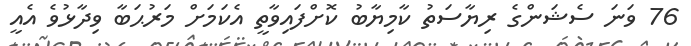
76 ވަނަ ސެޝަންގެ ރިޔާސަތު ކާމިޔާބު ކޮށްފައިވާތީ އެކަމަށް މަރުޙަބާ ވިދާޅުވެ އެއީ